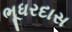
ભૂધરદાસ